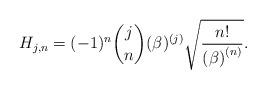
LaTeX: \begin{align*}H_{j,n}=(-1)^{n}\binom{j}{n}(\beta )^{(j)}\sqrt{\frac{n!}{\left( \beta\right) ^{\left( n\right) }}}. \end{align*}